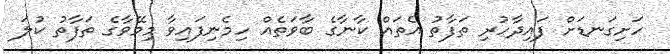
ހަށިގަނޑަށް ފައިދާހުރި ތަފާތު އެތައް ކާނާގެ ބާވަތެއް ހިމެނިފައިވާ މިމޭވާގެ ތަފާތު ކުލަ